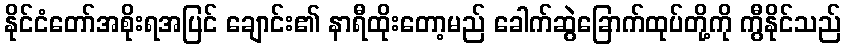
နိုင်ငံတော်အစိုးရအပြင် ချောင်း၏ နာရီထိုးတော့မည် ခေါက်ဆွဲခြောက်ထုပ်တို့ကို ကွီနိုင်သည်